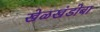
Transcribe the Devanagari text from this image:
खेळखंडोबा